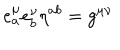
e _ { a } ^ { \mu } e _ { b } ^ { \nu } \eta ^ { a b } = g ^ { \mu \nu }